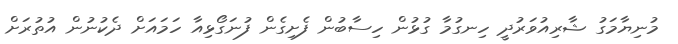
މުނިޔާމަގު ޝާރިއުވަރުދީ ހިނގުމާ ގުޅުން ހިސާބުން ފެށިގެން ފުނަގޯޅިއާ ހަމައަށް ދެކުނުން އުތުރަށް